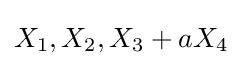
X_{1},X_{2},X_{3}+aX_{4}